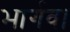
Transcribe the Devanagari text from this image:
भार्गव।